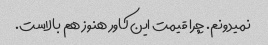
نمیدونم. چرا قیمت این کاور هنوز هم بالاست.